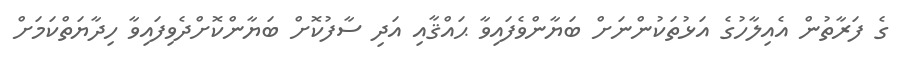
ގެ ފަރާތުން އެއިލާހުގެ އަޅުތަކުންނަށް ބަޔާންވެފައިވާ ޙައްޤާއި އަދި ސާފުކޮށް ބަޔާންކޮށްދެވިފައިވާ ހިދާޔަތްކަމަށް